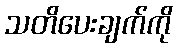
သတိပေးချက်ကို